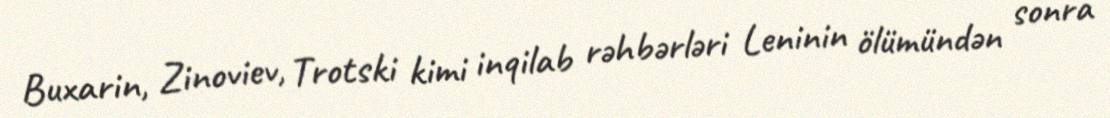
Buxarin, Zinoviev, Trotski kimi inqilab rəhbərləri Leninin ölümündən sonra